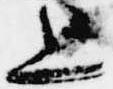
上